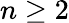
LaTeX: n\ge 2